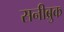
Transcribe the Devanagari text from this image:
सनीब्रुक